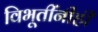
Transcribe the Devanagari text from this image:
विभूतींनीही